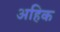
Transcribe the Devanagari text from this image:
अहिक